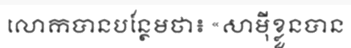
លោកបានបន្ថែមថា៖ «សាម៉ីខ្លួនបាន